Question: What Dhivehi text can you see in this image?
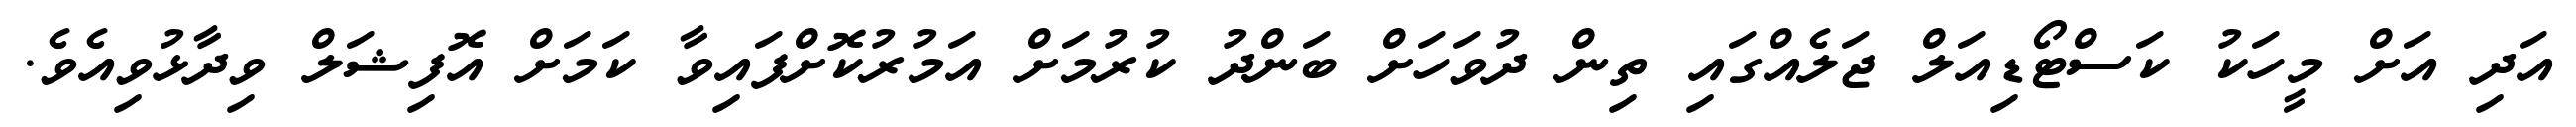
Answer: އަދި އަށް މީހަކު ކަސްޓޯޑިއަލް ޖަލެއްގައި ތިން ދުވަހަށް ބަންދު ކުރުމަށް އަމުރުކޮށްފައިވާ ކަމަށް އޮފިޝަލް ވިދާޅުވިއެވެ.